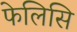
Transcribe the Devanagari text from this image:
फेलिसि